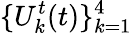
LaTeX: \{ U_{k}^{t}(t)\} _{k=1}^{4}